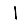
Digit: 1